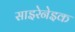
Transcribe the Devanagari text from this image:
साइरेनेइक